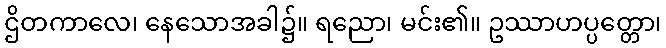
ဌိတကာလေ၊ နေသောအခါ၌။ ရညော၊ မင်း၏။ ဥဿာဟပ္ပတ္တော၊